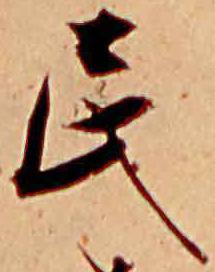
民